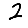
Digit: 2